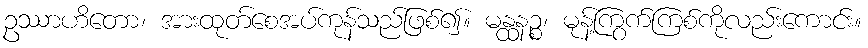
ဥဿာဟိတော၊ အားထုတ်စေအပ်ကုန်သည်ဖြစ်၍။ မန္ထနဉ္စ၊ မုန့်ကြွက်ကြစ်ကိုလည်းကောင်း။